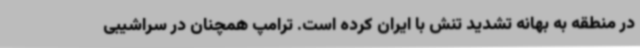
در منطقه به بهانه تشدید تنش با ایران کرده است. ترامپ همچنان در سراشیبی